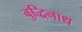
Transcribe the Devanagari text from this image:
बुद्धिनाथ